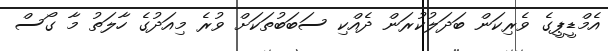
އެމްޑީޕީގެ ވެރިކަން ބަދަލުކުރަން ދެއްކި ސަބަބުތަކަށް ވުރެ މިއަދުގެ ހާލަތު މާ ގޯސް